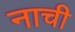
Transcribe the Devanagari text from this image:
नाची